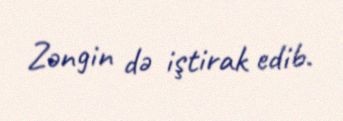
Zəngin də iştirak edib.